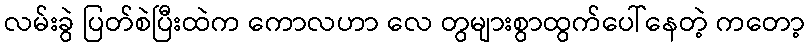
လမ်းခွဲ ပြတ်စဲပြီးထဲက ကောလဟာ လေ တွများစွာထွက်ပေါ်နေတဲ့ ကတော့